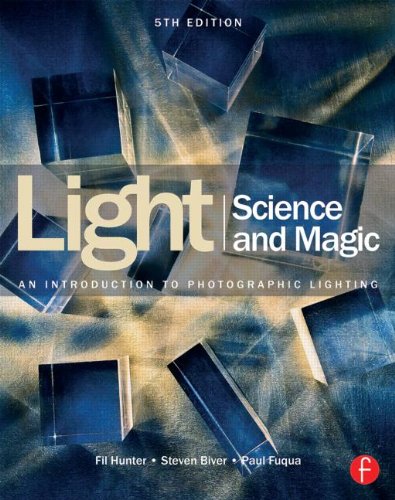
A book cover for Light Science & Magic: An Introduction to Photographic Lighting; Fil Hunter; Arts & Photography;